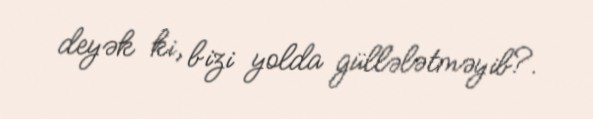
deyək ki, bizi yolda güllələtməyib?.